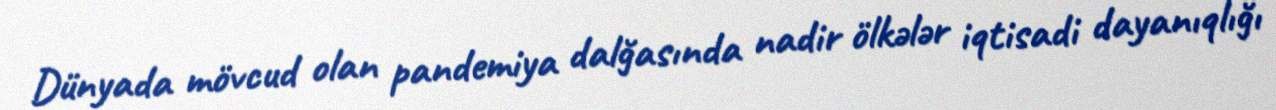
Dünyada mövcud olan pandemiya dalğasında nadir ölkələr iqtisadi dayanıqlığı